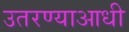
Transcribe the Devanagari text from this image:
उतरण्याआधी